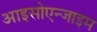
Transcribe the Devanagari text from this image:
आइसोएन्जाइम